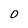
Character: 0